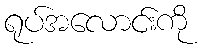
ရုပ်အလောင်းကို